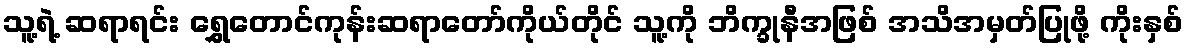
သူ့ရဲ့ ဆရာရင်း ရွှေတောင်ကုန်းဆရာတော်ကိုယ်တိုင် သူ့ကို ဘိက္ခုနီအဖြစ် အသိအမှတ်ပြုဖို့ ကိုးနှစ်